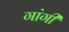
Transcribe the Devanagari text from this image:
गांगी